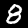
Label: 8